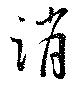
消